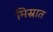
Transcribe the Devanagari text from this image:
मिस्रात